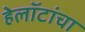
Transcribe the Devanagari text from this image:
हेलॉटांचा